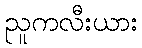
ညူကလီးယား